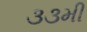
૩૩મી